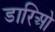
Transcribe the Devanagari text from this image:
डारिओ